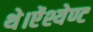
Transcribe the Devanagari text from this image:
थे।ऐंश्येण्ट